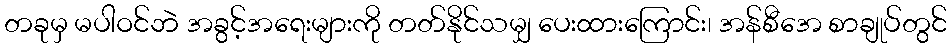
တခုမှ မပါဝင်ဘဲ အခွင့်အရေးများကို တတ်နိုင်သမျှ ပေးထားကြောင်း၊ အန်စီအေ စာချုပ်တွင်